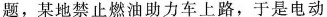
题，某地禁止燃油助力车上路，于是电动